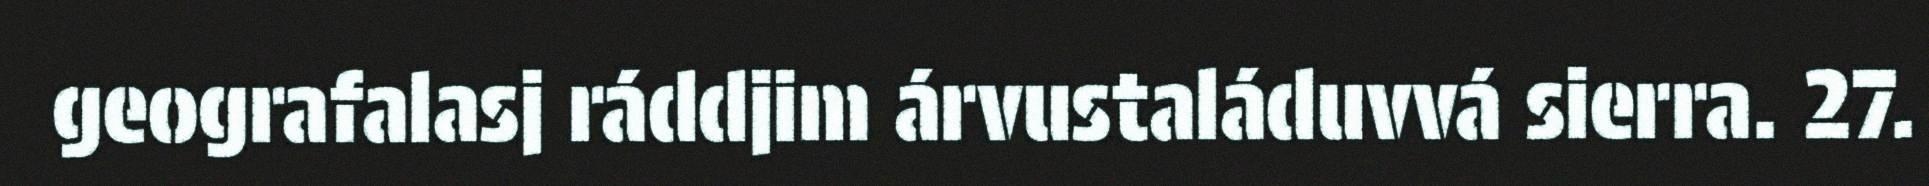
geografalasj ráddjim árvustaláduvvá sierra. 27.